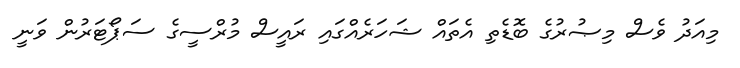
މިއަދު ވެސް މިޞުރުގެ ބޮޑެތި އެތައް ޝަހަރެއްގައި ރައީސް މުރްސީގެ ސަޕޯޓަރުން ވަނީ